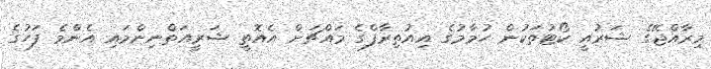
މިރާއްޖޭގެ ޝަރުއީ ކޯޓުތަކުން ހުމާމުގެ އިއުތިރާފްގެ މައްޗަށް އެއޮތީ ޝަރީއަތްނިންމައި އެންމެ ފަހުގެ